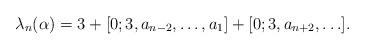
LaTeX: \begin{align*}\lambda_{n}(\alpha)=3+[0;3,a_{n-2},\ldots,a_1]+[0;3,a_{n+2},\ldots].\end{align*}